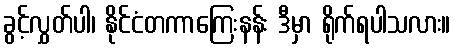
ခွင့်လွှတ်ပါ၊ နိုင်ငံတကာကြေးနန်း ဒီမှာ ရိုက်ရပါသလား။